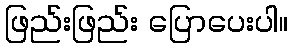
ဖြည်းဖြည်း ပြောပေးပါ။